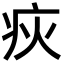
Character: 疢